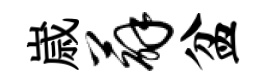
𡻕薜盆